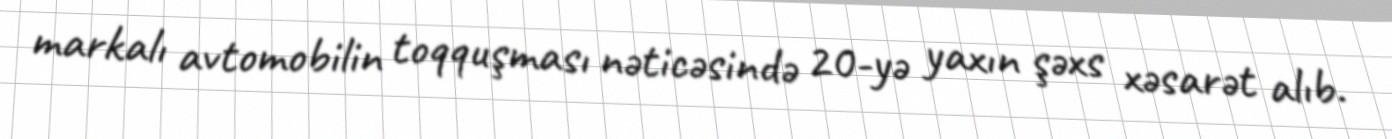
markalı avtomobilin toqquşması nəticəsində 20-yə yaxın şəxs xəsarət alıb.